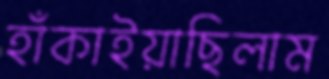
হাঁকাইয়াছিলাম